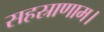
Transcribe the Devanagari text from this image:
सहस्राणाम।